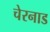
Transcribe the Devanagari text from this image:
चेरनाड